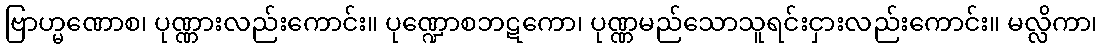
ဗြာဟ္မဏောစ၊ ပုဏ္ဏားလည်းကောင်း။ ပုဏ္ဍောစဘဋကော၊ ပုဏ္ဏမည်သောသူရင်းငှားလည်းကောင်း။ မလ္လိကာ၊